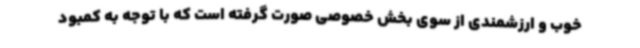
خوب و ارزشمندی از سوی بخش خصوصی صورت گرفته است که با توجه به کمبود